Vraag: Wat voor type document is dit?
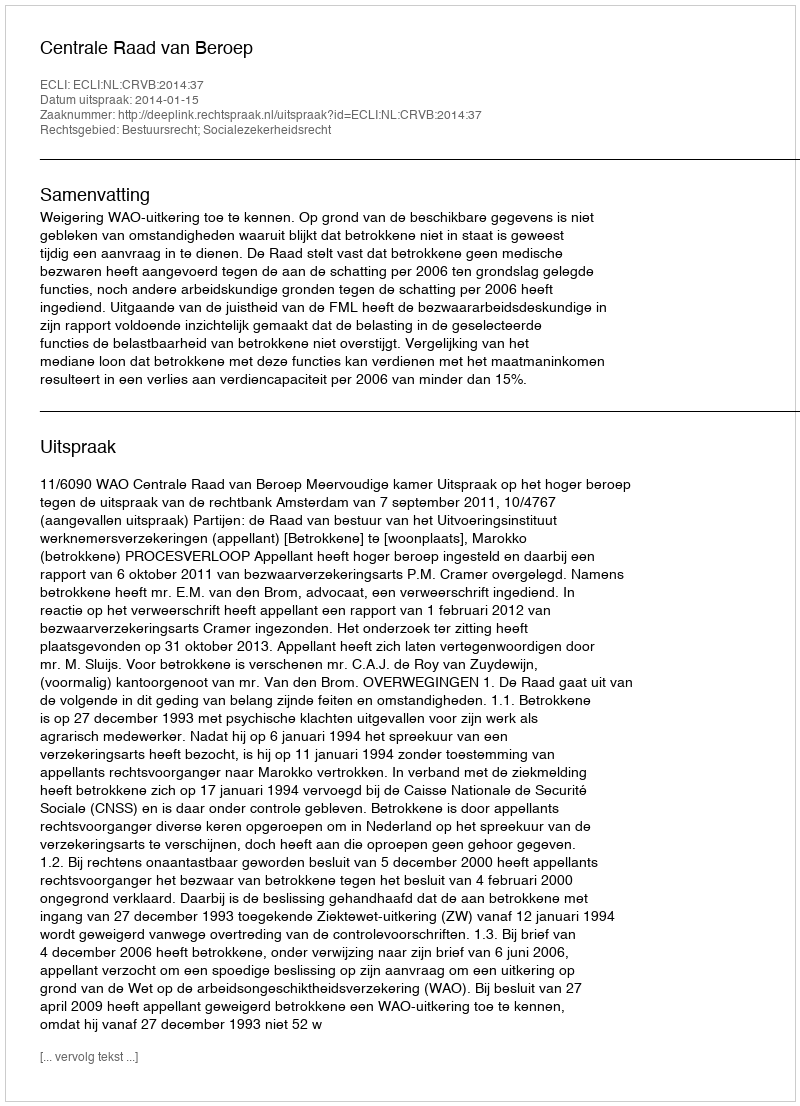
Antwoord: Uitspraak